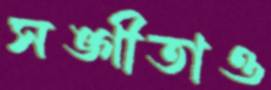
সঙ্গীতাও